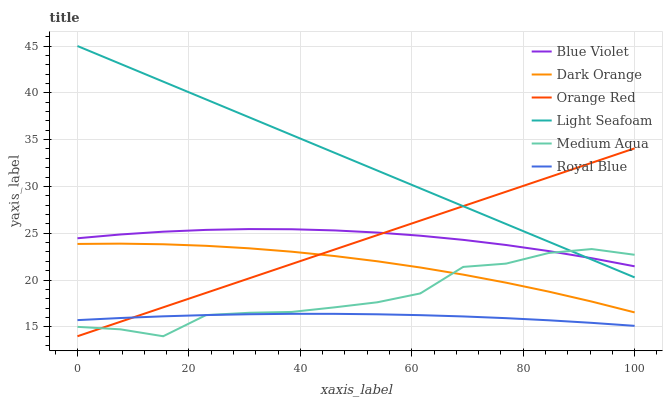
| xaxis_label | Blue Violet | Dark Orange | Orange Red | Light Seafoam | Medium Aqua | Royal Blue |
 | --- | --- | --- | --- | --- | --- | --- |
 | 0 | 24.5 | 23.9 | 14 | 45 | 15 | 15.7 |
 | 7.69 | 24.9 | 23.9 | 15.5 | 43.1 | 14.7 | 15.9 |
 | 15.4 | 25.2 | 23.8 | 17.1 | 41.2 | 14 | 16.1 |
 | 23.1 | 25.4 | 23.7 | 18.6 | 39.3 | 16.3 | 16.3 |
 | 30.8 | 25.4 | 23.4 | 20.2 | 37.4 | 16.5 | 16.4 |
 | 38.5 | 25.4 | 23 | 21.7 | 35.5 | 16.6 | 16.4 |
 | 46.2 | 25.3 | 22.6 | 23.3 | 33.6 | 17.1 | 16.4 |
 | 53.8 | 25.1 | 22 | 24.8 | 31.7 | 17.6 | 16.3 |
 | 61.5 | 24.7 | 21.3 | 26.4 | 29.8 | 18.6 | 16.3 |
 | 69.2 | 24.3 | 20.6 | 27.9 | 27.9 | 21.4 | 16.1 |
 | 76.9 | 23.7 | 19.7 | 29.4 | 26 | 21.8 | 15.9 |
 | 84.6 | 23.1 | 18.8 | 31 | 24.1 | 22.9 | 15.7 |
 | 92.3 | 22.3 | 17.7 | 32.5 | 22.2 | 23.3 | 15.4 |
 | 100 | 21.5 | 16.5 | 34.1 | 20.3 | 22.7 | 15.1 |